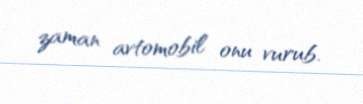
zaman avtomobil onu vurub.